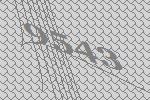
9543